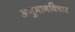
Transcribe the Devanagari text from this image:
अनुमानविचार